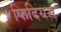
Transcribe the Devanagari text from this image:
फिदियस